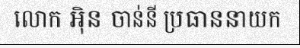
លោក អ៊ិន ចាន់នី ប្រធាននាយក